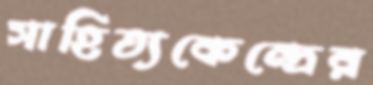
সাহিত্যকেন্দ্রের